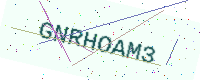
Text: GNRHOAM3